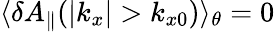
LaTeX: \langle\delta A_{\parallel}(|k_{x}|>k_{x0})\rangle_{\theta}=0